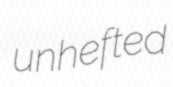
unhefted